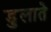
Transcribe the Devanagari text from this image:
डुलाते